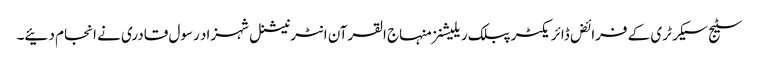
سٹیج سیکرٹری کے فرائض ڈائریکٹر پبلک ریلیشنز منہاج القرآن انٹرنیشنل شہزاد رسول قادری نے انجام دئیے۔